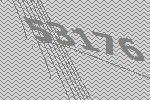
53176